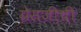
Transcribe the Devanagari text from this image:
ग्रेसजींची